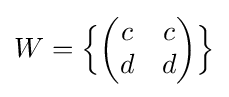
W={\Bigl \{}{\begin{pmatrix}c&c\\d&d\end{pmatrix}}{\Bigr \}}